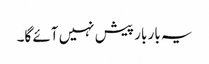
یہ بار بار پیش نہیں آئے گا۔